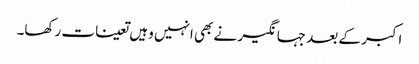
اکبر کے بعد جہانگیر نے بھی انہیں وہیں تعینات رکھا۔